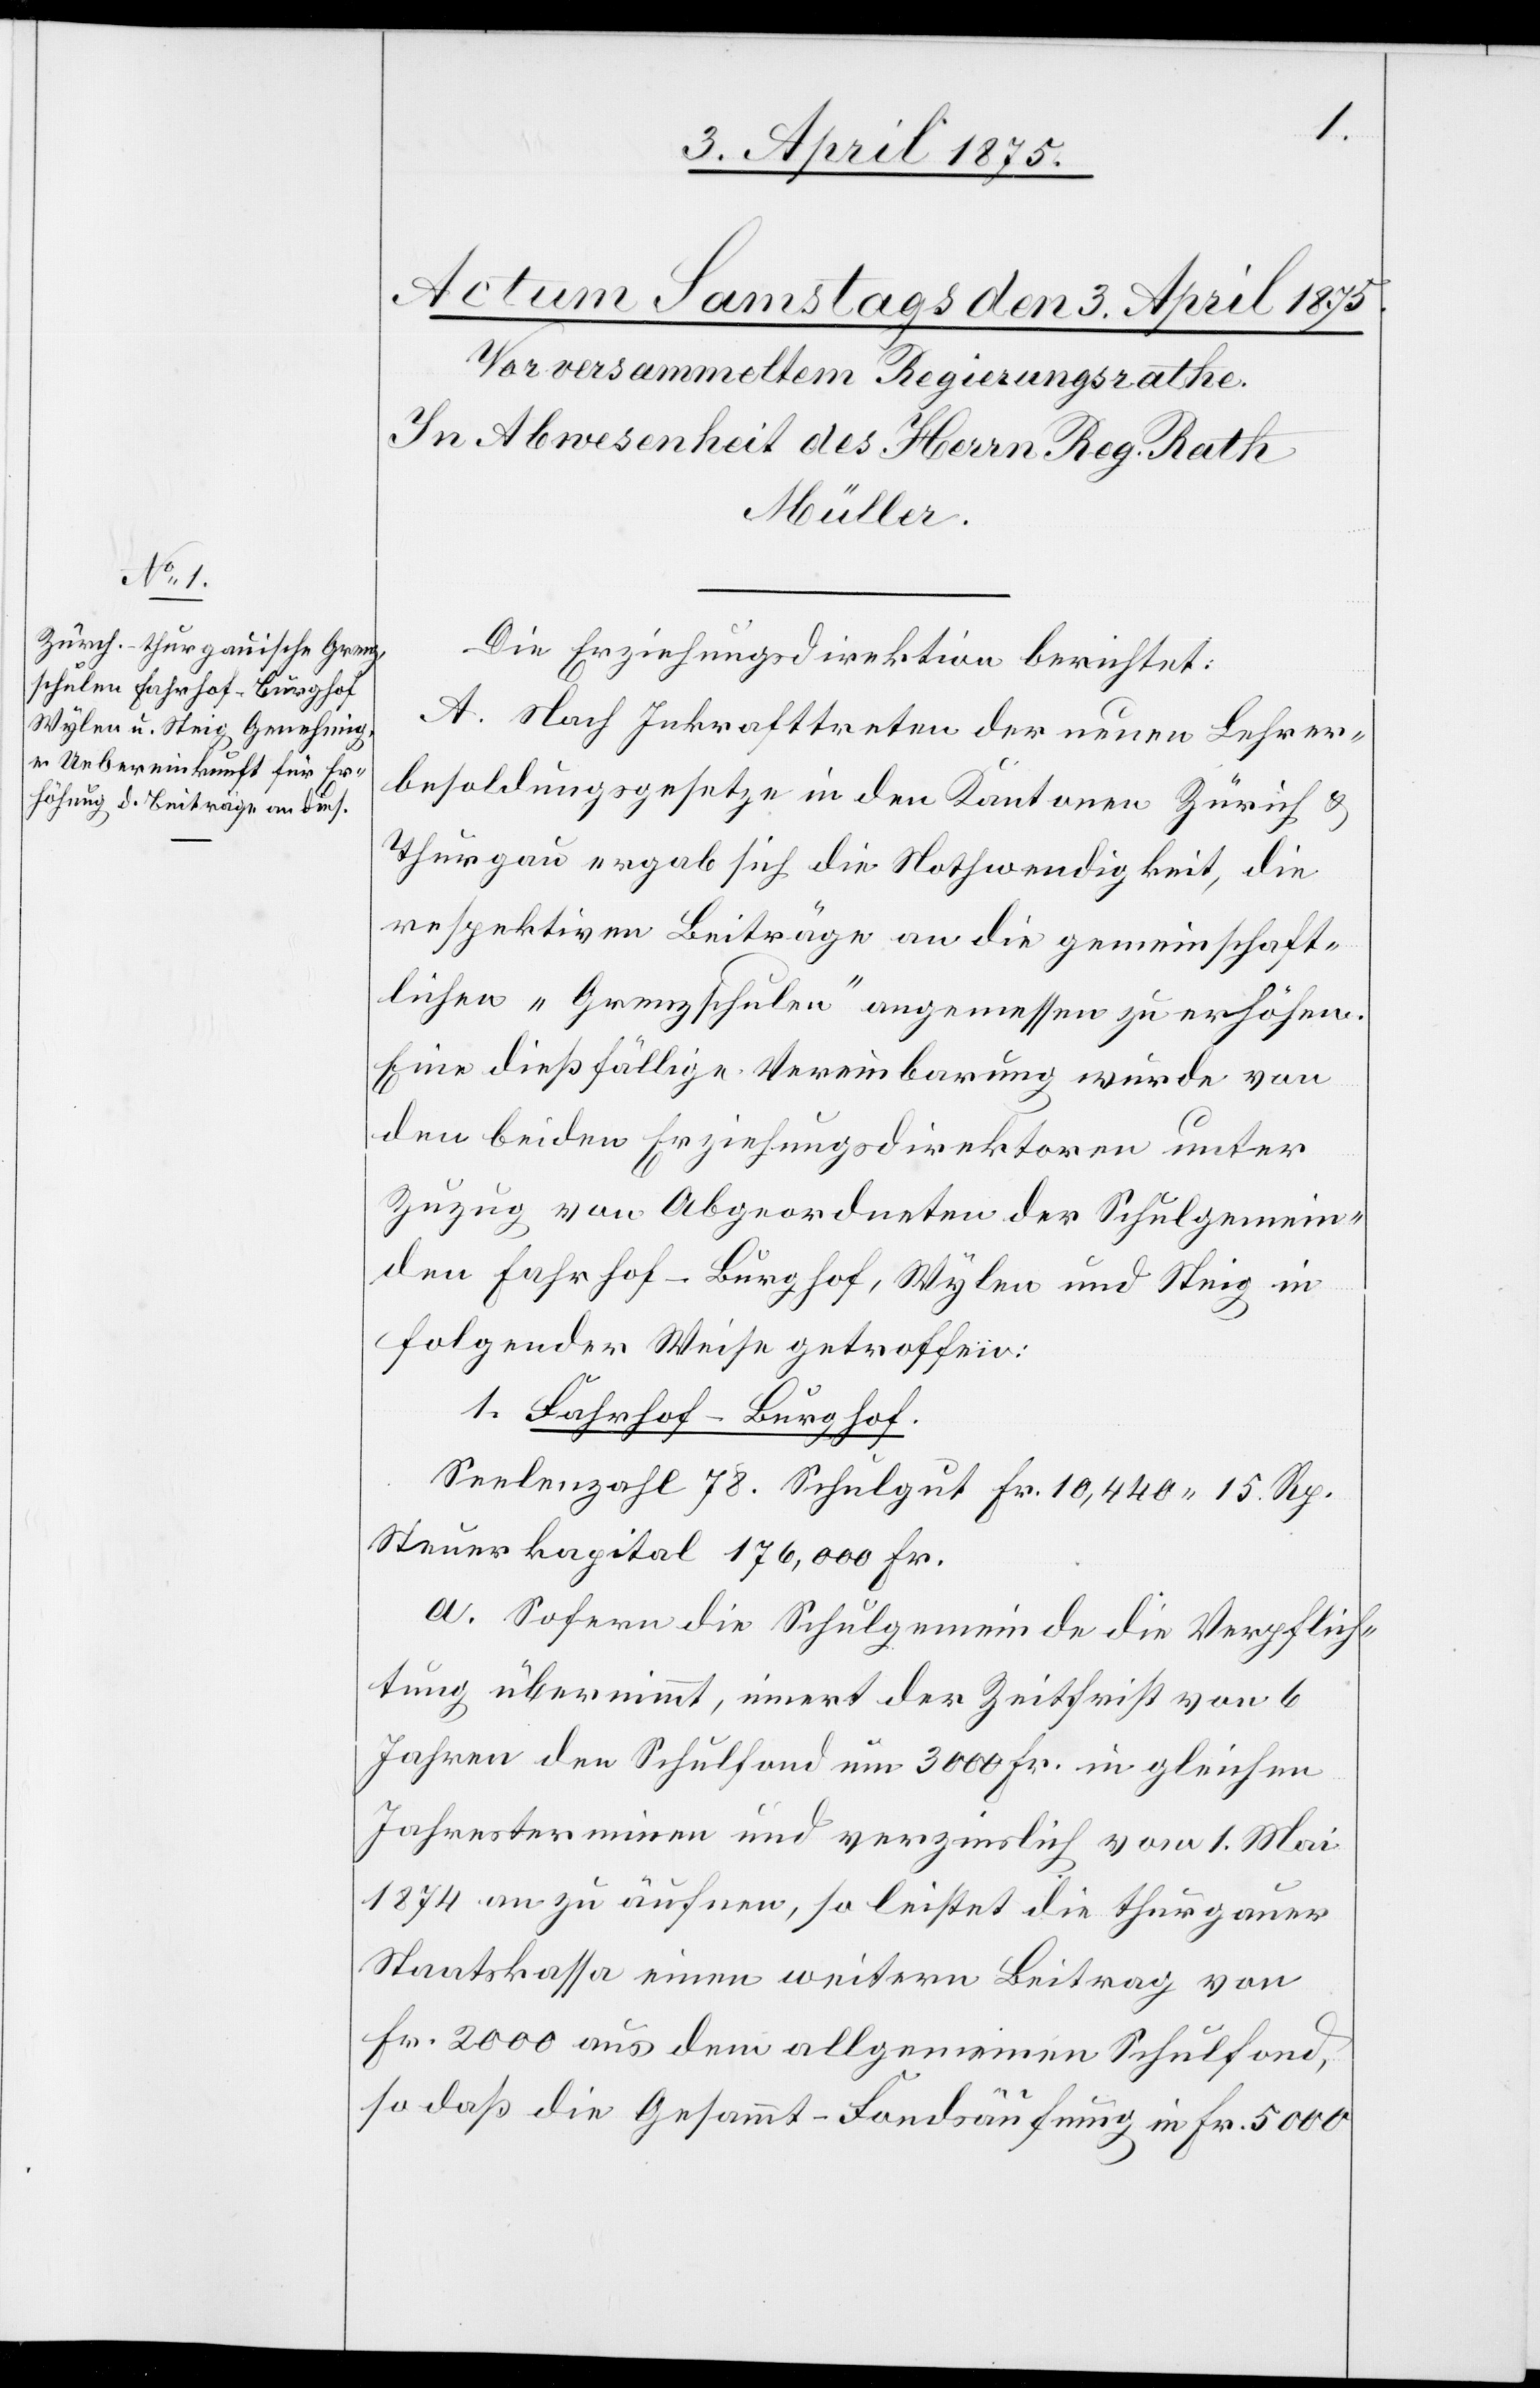
Die Erziehungsdirektion berichtet:
A. Nach Inkrafttreten der neuen Lehrer¬
besoldungsgesetze in den Kantonen Zürich &
Thurgau ergab sich die Nothwendigkeit, die
respektiven Beiträge an die gemeinschaft¬
lichen „Grenzschulen“ angemessen zu erhöhen.
Eine dießfällige Vereinbarung wurde von
den beiden Erziehungsdirektoren unter
Zuzug von Abgeordneten der Schulgemein¬
den Fahrhof-Burghof, Wylen und Steig in
folgender Weise getroffen:
1. Fahrhof – Burghof.
Seelenzahl 78. Schulgut Fr. 10,440 15 Rp.
Steuerkapital 176,000 Fr.
a. Sofern die Schulgemeinde die Verpflich¬
tung übernimmt, innert der Zeitfrist von 6
Jahren den Schulfond um 3000 Fr. in gleichen
Jahresterminen und verzinslich vom 1. Mai
1874 an zu äufnen, so leistet die thurgauer
Staatskasse einen weitern Beitrag von
Fr. 2000 aus dem allgemeinen Schulfond,
so daß die Gesammt-Fondsäufung in Fr. 5000